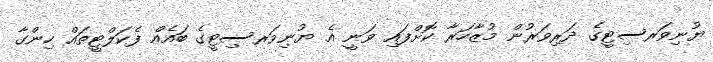
ޔުނިވަރސިޓީގެ ދަރިވަރުން މުޒާހަރާ ކޮށްފައި ވަނީ އެ ޔުނިވަރސިޓީގެ ބައެއް ފެކަލްޓީތައް ހިންގާ